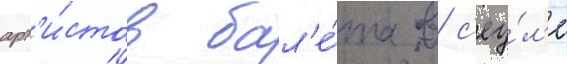
арт'и́стов бал'е́та в с'еу́л'е